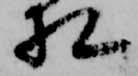
相